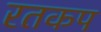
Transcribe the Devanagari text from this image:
रतकप